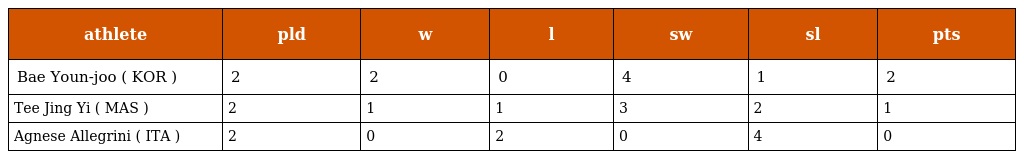
| athlete | pld | w | l | sw | sl | pts |
 | --- | --- | --- | --- | --- | --- | --- |
 | Bae Youn-joo ( KOR ) | 2 | 2 | 0 | 4 | 1 | 2 |
 | Tee Jing Yi ( MAS ) | 2 | 1 | 1 | 3 | 2 | 1 |
 | Agnese Allegrini ( ITA ) | 2 | 0 | 2 | 0 | 4 | 0 |